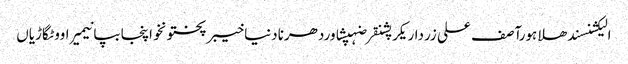
الیکشنسندھلاہورآصف علی زرداریکرپشنقرضہپشاوردھرنادنیاخیبرپختونخواپنجابپانیمیراووٹگاڑیاں